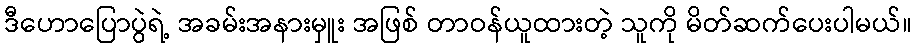
ဒီဟောပြောပွဲရဲ့ အခမ်းအနားမှူး အဖြစ် တာဝန်ယူထားတဲ့ သူကို မိတ်ဆက်ပေးပါမယ်။